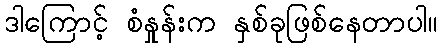
ဒါကြောင့် စံနှုန်းက နှစ်ခုဖြစ်နေတာပါ။